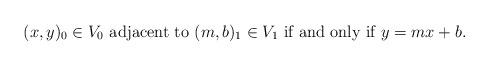
LaTeX: \begin{align*}(x,y)_0\in V_0 \mbox{ adjacent to } (m,b)_1 \in V_1 \mbox{ if and only if } y=mx+b.\end{align*}